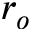
r _ { o }